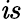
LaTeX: \mathit{i}s